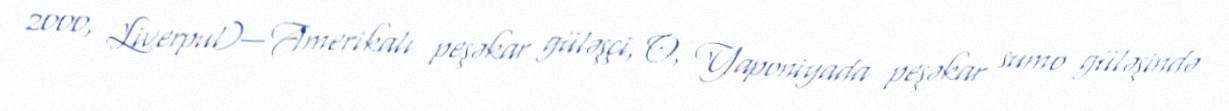
2000, Liverpul)— Amerikalı peşəkar güləşçi, O, Yaponiyada peşəkar sumo güləşində